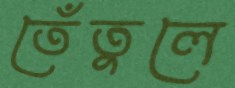
তেঁতুলে